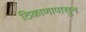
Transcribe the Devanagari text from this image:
ठिकाणापासुन